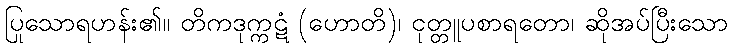
ပြုသောရဟန်း၏။ တိကဒုက္ကဋံ (ဟောတိ)၊ ငုတ္တူပစာရတော၊ ဆိုအပ်ပြီးသော